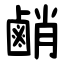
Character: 䴛